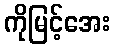
ကိုမြင့်အေး